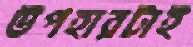
উপহারটাই